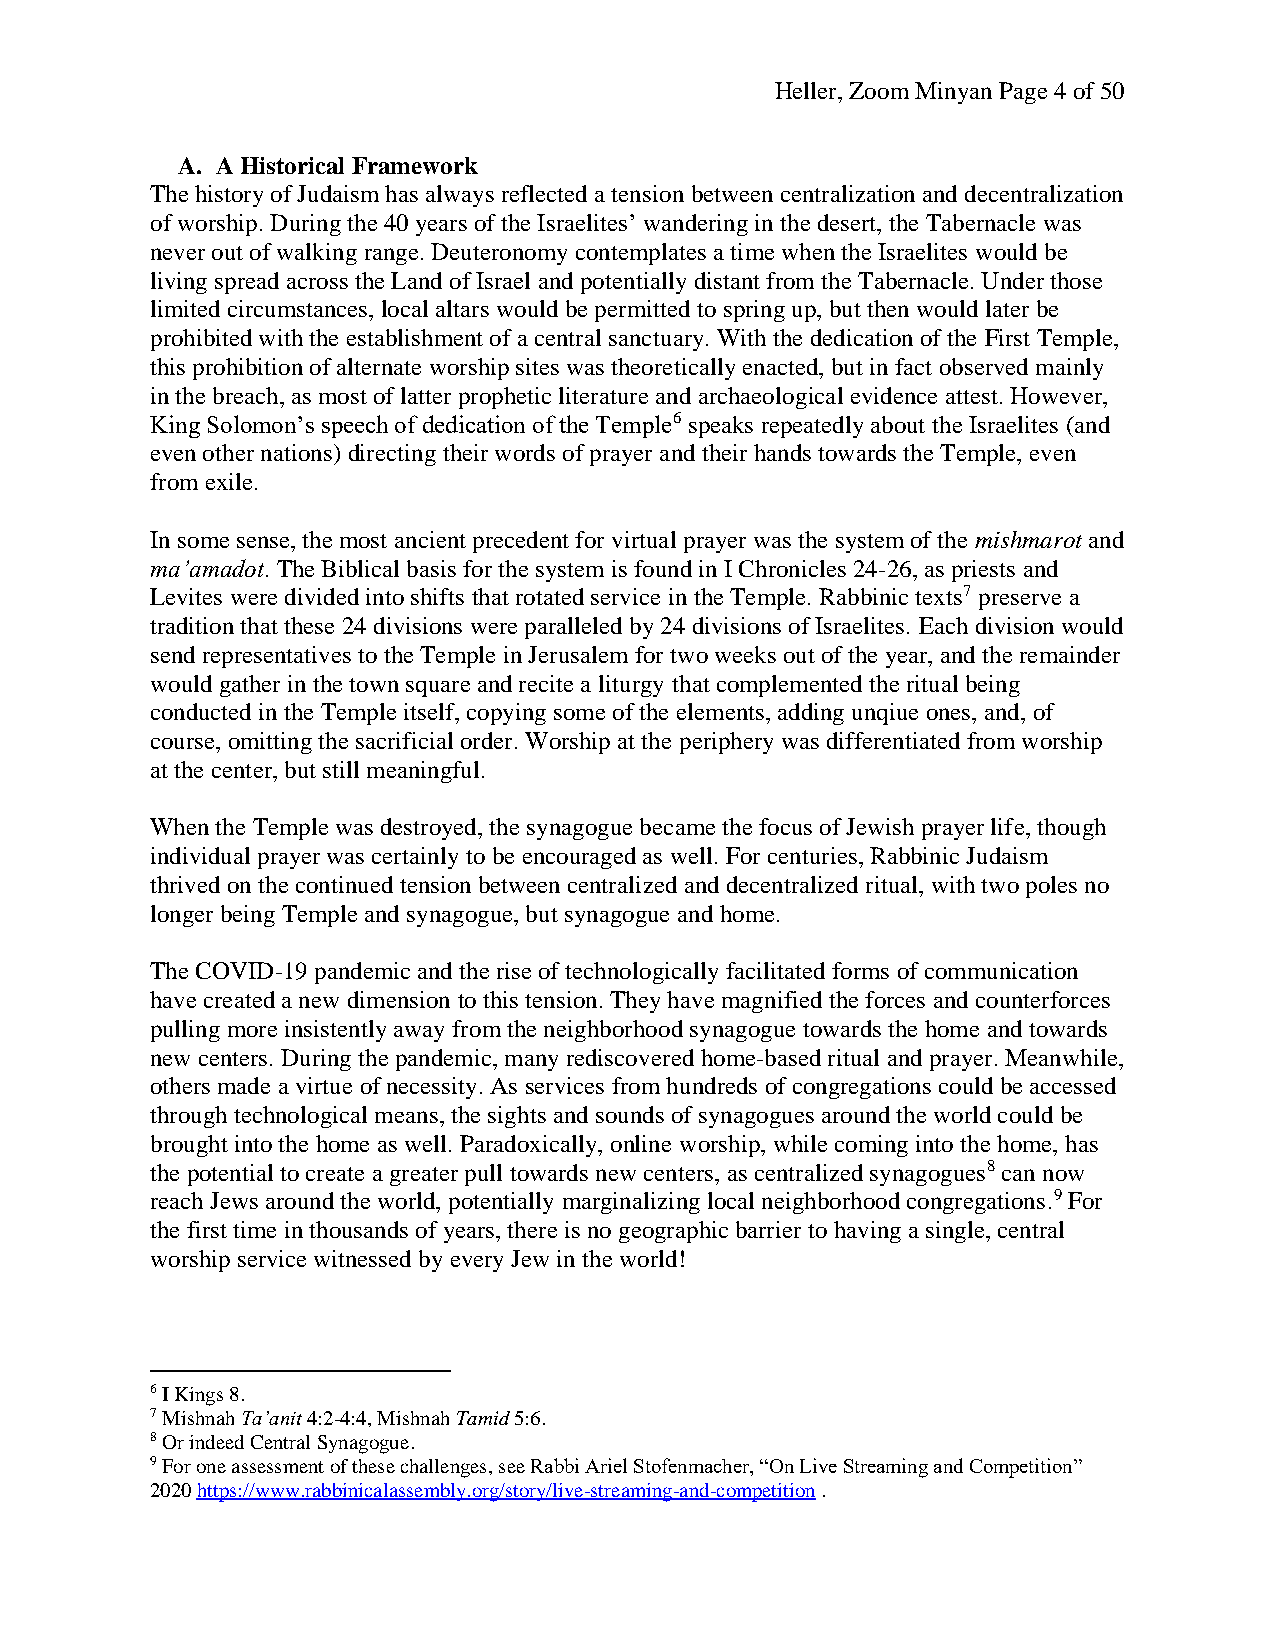
Heller, Zoom Minyan Page 4 of 50
 A. A Historical Framework
 The history of Judaism has always reflected a tension between centralization and decentralization
 of worship. During the 40 years of the Israelites’ wandering in the desert, the Tabernacle was
 never out of walking range. Deuteronomy contemplates a time when the Israelites would be
 living spread across the Land of Israel and potentially distant from the Tabernacle. Under those
 limited circumstances, local altars would be permitted to spring up, but then would later be
 prohibited with the establishment of a central sanctuary. With the dedication of the First Temple,
 this prohibition of alternate worship sites was theoretically enacted, but in fact observed mainly
 in the breach, as most of latter prophetic literature and archaeological evidence attest. However,
 King Solomon’s speech of dedication of the Temple6 speaks repeatedly about the Israelites (and
 even other nations) directing their words of prayer and their hands towards the Temple, even
 from exile.
 In some sense, the most ancient precedent for virtual prayer was the system of the mishmarot and
 ma’amadot. The Biblical basis for the system is found in I Chronicles 24-26, as priests and
 Levites were divided into shifts that rotated service in the Temple. Rabbinic texts7 preserve a
 tradition that these 24 divisions were paralleled by 24 divisions of Israelites. Each division would
 send representatives to the Temple in Jerusalem for two weeks out of the year, and the remainder
 would gather in the town square and recite a liturgy that complemented the ritual being
 conducted in the Temple itself, copying some of the elements, adding unqiue ones, and, of
 course, omitting the sacrificial order. Worship at the periphery was differentiated from worship
 at the center, but still meaningful.
 When the Temple was destroyed, the synagogue became the focus of Jewish prayer life, though
 individual prayer was certainly to be encouraged as well. For centuries, Rabbinic Judaism
 thrived on the continued tension between centralized and decentralized ritual, with two poles no
 longer being Temple and synagogue, but synagogue and home.
 The COVID-19 pandemic and the rise of technologically facilitated forms of communication
 have created a new dimension to this tension. They have magnified the forces and counterforces
 pulling more insistently away from the neighborhood synagogue towards the home and towards
 new centers. During the pandemic, many rediscovered home-based ritual and prayer. Meanwhile,
 others made a virtue of necessity. As services from hundreds of congregations could be accessed
 through technological means, the sights and sounds of synagogues around the world could be
 brought into the home as well. Paradoxically, online worship, while coming into the home, has
 the potential to create a greater pull towards new centers, as centralized synagogues8 can now
 reach Jews around the world, potentially marginalizing local neighborhood congregations.9 For
 the first time in thousands of years, there is no geographic barrier to having a single, central
 worship service witnessed by every Jew in the world!
 6 I Kings 8.
 7 Mishnah Ta’anit 4:2-4:4, Mishnah Tamid 5:6.
 8 Or indeed Central Synagogue.
 9 For one assessment of these challenges, see Rabbi Ariel Stofenmacher, “On Live Streaming and Competition”
 2020 https://www.rabbinicalassembly.org/story/live-streaming-and-competition .